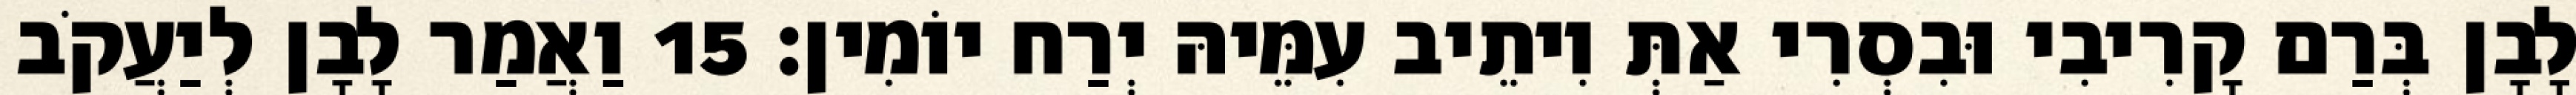
לָבָן בְּרַם קָרִיבִי וּבִסְרִי אַתְּ וִיתֵיב עִמֵּיהּ יְרַח יוֹמִין׃ 15 וַאֲמַר לָבָן לְיַעֲקֹב